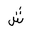
Letter: _shin